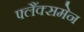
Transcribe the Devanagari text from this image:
फ्लैंक्समेन